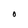
Character: O